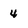
Character: 4